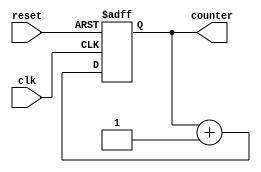
`timescale 1ns / 1ps
//////////////////////////////////////////////////////////////////////////////////
// Company: 
// Engineer: 
// 
// Design Name: 
// Module Name:    UPCOUNTER 
// Project Name: 
// Target Devices: 
// Tool versions: 
// Description: 
//
// Dependencies: 
//
// Revision: 
// Revision 0.01 - File Created
// Additional Comments: 
//
//////////////////////////////////////////////////////////////////////////////////
module UPCOUNTER(
input clk, reset, 
output [3:0] counter
    );
reg [3:0] counter_up;

always @(posedge clk or posedge reset)
begin
if(reset)
 counter_up <= 4'd0;
else
 counter_up <= counter_up + 4'd1;
end 
assign counter = counter_up;
endmodule